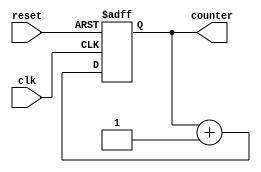
`timescale 1ns / 1ps
//////////////////////////////////////////////////////////////////////////////////
// Company: 
// Engineer: 
// 
// Design Name: 
// Module Name:    UPCOUNTER 
// Project Name: 
// Target Devices: 
// Tool versions: 
// Description: 
//
// Dependencies: 
//
// Revision: 
// Revision 0.01 - File Created
// Additional Comments: 
//
//////////////////////////////////////////////////////////////////////////////////
module UPCOUNTER(
input clk, reset, 
output [3:0] counter
    );
reg [3:0] counter_up;

always @(posedge clk or posedge reset)
begin
if(reset)
 counter_up <= 4'd0;
else
 counter_up <= counter_up + 4'd1;
end 
assign counter = counter_up;
endmodule